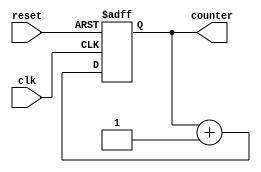
`timescale 1ns / 1ps
//////////////////////////////////////////////////////////////////////////////////
// Company: 
// Engineer: 
// 
// Design Name: 
// Module Name:    UPCOUNTER 
// Project Name: 
// Target Devices: 
// Tool versions: 
// Description: 
//
// Dependencies: 
//
// Revision: 
// Revision 0.01 - File Created
// Additional Comments: 
//
//////////////////////////////////////////////////////////////////////////////////
module UPCOUNTER(
input clk, reset, 
output [3:0] counter
    );
reg [3:0] counter_up;

always @(posedge clk or posedge reset)
begin
if(reset)
 counter_up <= 4'd0;
else
 counter_up <= counter_up + 4'd1;
end 
assign counter = counter_up;
endmodule